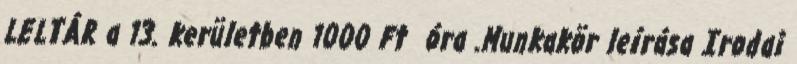
LELTÁR a 13. kerületben 1000 Ft óra .Munkakör leírása Irodai